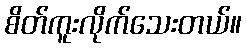
စိတ်ကူးလိုက်သေးတယ်။